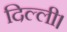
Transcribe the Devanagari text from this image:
दिल्‍ली।